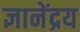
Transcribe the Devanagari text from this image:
ज्ञानेंद्रय